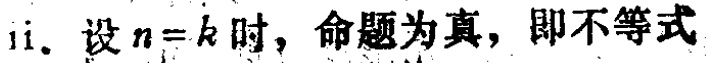
ii. 设 \(n = k\) 时，命题为真，即不等式